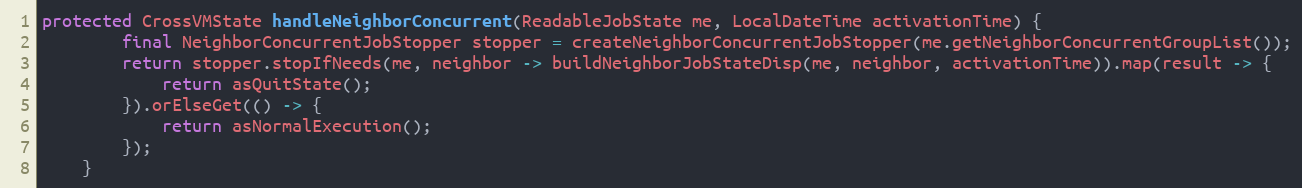
Language: Java
protected CrossVMState handleNeighborConcurrent(ReadableJobState me, LocalDateTime activationTime) {
        final NeighborConcurrentJobStopper stopper = createNeighborConcurrentJobStopper(me.getNeighborConcurrentGroupList());
        return stopper.stopIfNeeds(me, neighbor -> buildNeighborJobStateDisp(me, neighbor, activationTime)).map(result -> {
            return asQuitState();
        }).orElseGet(() -> {
            return asNormalExecution();
        });
    }